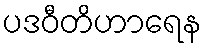
ပဒဝီတိဟာရေန